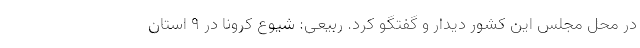
در محل مجلس این کشور دیدار و گفتگو کرد. ربیعی: شیوع کرونا در ۹ استان